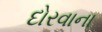
દોરવાના